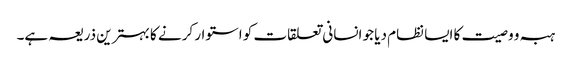
ہبہ و وصیت کا ایسا نظام دیا جو انسانی تعلقات کو استوار کرنے کا بہترین ذریعہ ہے۔